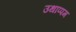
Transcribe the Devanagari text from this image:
उथाप्पम